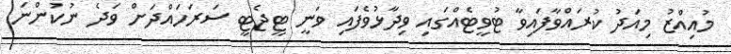
މުއިއްޒު މިއަދު ކުރައްވާފައިވާ ޓުވީޓެއްގައި ވިދާޅުވެފައި ވަނީ ޓީޖެޓީ ސަރަހައްދަށް ވަދެ ނުކުންނަ